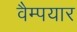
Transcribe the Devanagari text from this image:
वैम्पयार